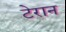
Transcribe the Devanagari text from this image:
टेरान